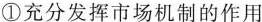
①充分发挥市场机制的作用